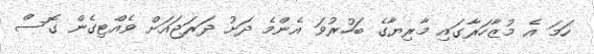
ހަމަ އެ މުޒާހަރާގައި މާރިޔާގެ ބަހުރުވަ އެންމެ ދަށު ދަރަޖައަށް ވެއްޓިގެން ގޮސް